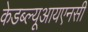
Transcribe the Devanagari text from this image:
केडब्ल्यूआयएनसी